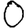
Digit: 0